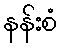
နန်းစံ